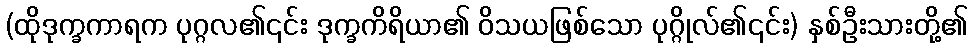
(ထိုဒုက္ခကာရက ပုဂ္ဂလ၏၎င်း ဒုက္ခကိရိယာ၏ ဝိသယဖြစ်သော ပုဂ္ဂိုလ်၏၎င်း) နှစ်ဦးသားတို့၏